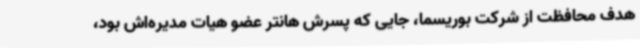
هدف محافظت از شرکت بوریسما، جایی که پسرش هانتر عضو هیات مدیره‌اش بود،